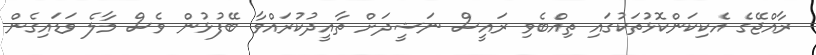
ރާއްޖޭގެ އެކިކަންކޮޅުތަކުގައި ތިއްބެވި ރައީސް ނަޝީދަށް ތާއީދުކުރައްވާ ބޭފުޅުން ވެސް މާލެ ވަޑައިގެން